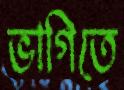
ভাগিতে